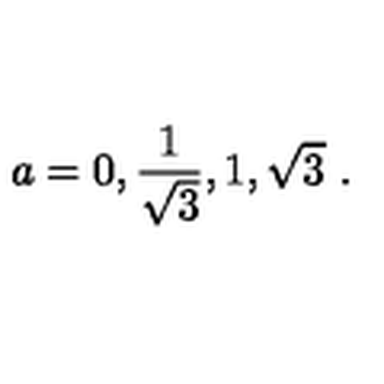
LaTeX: a = 0 , { \frac { 1 } { \sqrt { 3 } } } , 1 , \sqrt { 3 } \ .